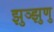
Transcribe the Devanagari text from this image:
झुञ्झुणु